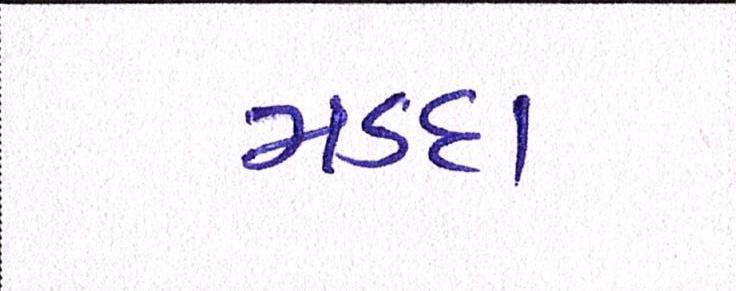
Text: મડદા